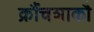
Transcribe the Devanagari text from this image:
क्रौंचशाकौ